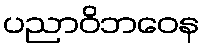
ပညာဝိဘဝေန